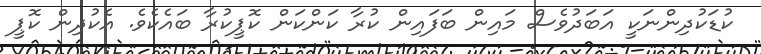
ކުޑަކުދިންނަކީ އަބަދުވެސް މައިން ބަފައިން ކުރާ ކަންކަން ކޮޕީކުރާ ބައެކެވެ. އެކުދިން ކޮޕީ